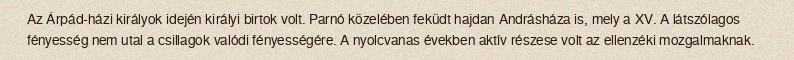
Az Árpád-házi királyok idején királyi birtok volt. Parnó közelében feküdt hajdan Andrásháza is, mely a XV. A látszólagos fényesség nem utal a csillagok valódi fényességére. A nyolcvanas években aktív részese volt az ellenzéki mozgalmaknak.